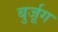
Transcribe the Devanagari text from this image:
बुर्जूग